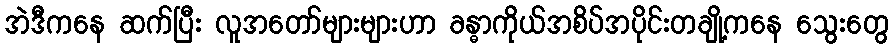
အဲဒီကနေ ဆက်ပြီး လူအတော်များများဟာ ခန္ဓာကိုယ်အစိပ်အပိုင်းတချို့ကနေ သွေးတွေ